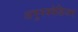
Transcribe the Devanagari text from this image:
अनुनक्वेडियम